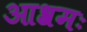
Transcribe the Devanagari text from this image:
आश्रमः